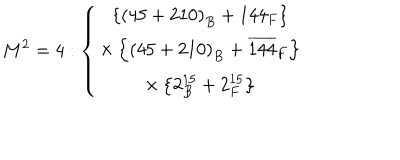
LaTeX: M ^ { 2 } = 4 : \left\{ \begin{array} { c } { { \left\{ \left( 4 5 + 2 1 0 \right) _ { B } + 1 4 4 _ { F } \right\} } } \\ { { \times \left\{ \left( 4 5 + 2 1 0 \right) _ { B } + \overline { { { 1 4 4 } } } _ { F } \right\} } } \\ { { \times \left\{ 2 _ { B } ^ { 1 5 } + 2 _ { F } ^ { 1 5 } \right\} } } \\ \end{array} \right.